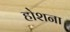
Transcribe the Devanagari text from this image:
होशना